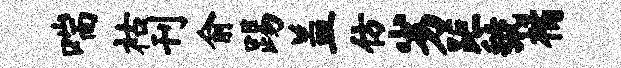
喘祜刊俞踢盖仿劣距虢橘